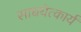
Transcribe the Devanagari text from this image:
साधयेत्कार्यं